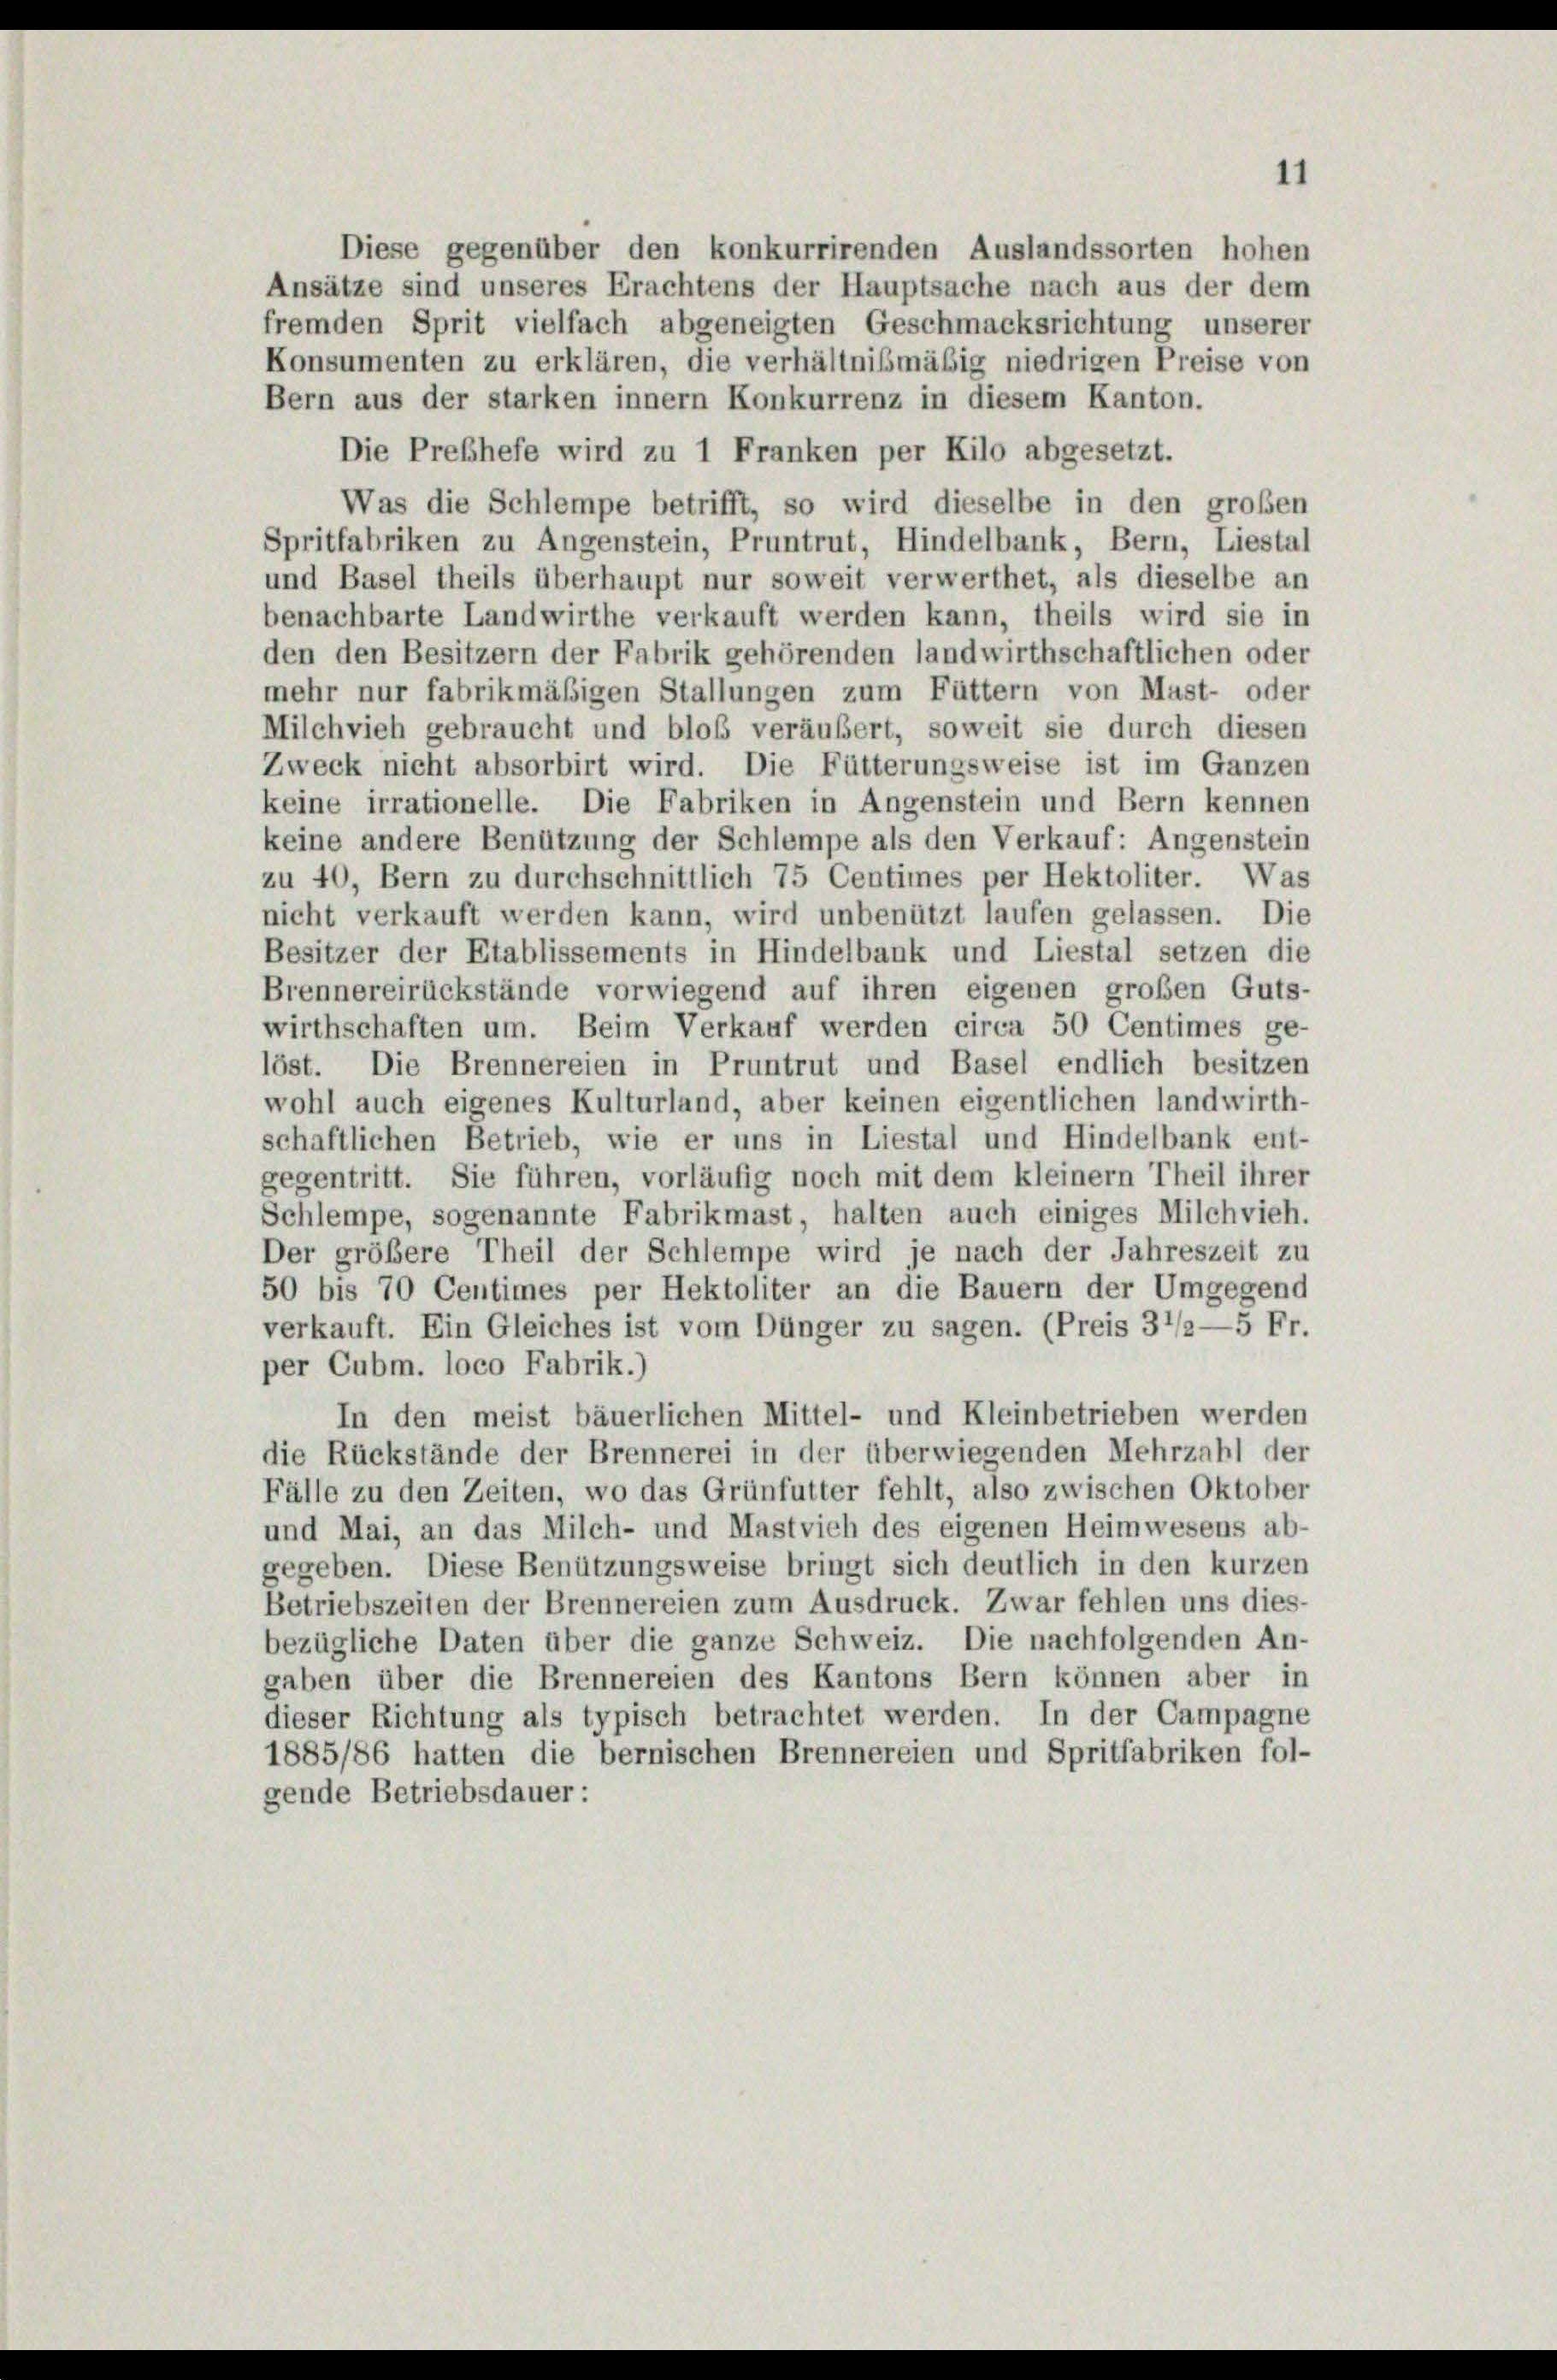
Diese gegenüber den konkurrirenden Auslandssorten hohen
Ansätze sind unseres Erachtens der Hauptsache nach aus der dem
fremden Sprit vielfach abgeneigten Geschmacksrichtung unserer
Konsumenten zu erklären, die verhältnißmäßig niedrigen Preise von
Bern aus der starken innern Konkurrenz in diesem Kanton.
Die Preßhefe wird zu 1 Franken per Kilo abgesetzt.
Was die Schlempe betrifft, so wird dieselbe in den großen
Spritfabriken zu Angenstein, Pruntrut, Hindelbank, Bern, Liestal
und Basel theils überhaupt nur soweit verwerthet, als dieselbe an
benachbarte Landwirthe verkauft werden kann, theils wird sie in
den den Besitzern der Fabrik gehörenden landwirthschaftlichen oder
mehr nur fabrikmäßigen Stallungen zum Füttern von Mast- oder
Milchvieh gebraucht und bloß veräußert, soweit sie durch diesen
Zweck nicht absorbirt wird. Die Fütterungsweise ist im Ganzen
keine irrationelle. Die Fabriken in Angenstein und Bern kennen
keine andere Benützung der Schlempe als den Verkauf: Angenstein
zu 40, Bern zu durchschnittlich 75 Centimes per Hektoliter. Was
nicht verkauft werden kann, wird unbenützt laufen gelassen. Die
Besitzer der Etablissements in Hindelbank und Liestal setzen die
Brennereirückstände vorwiegend auf ihren eigenen großen Guts-
wirthschaften um. Beim Verkauf werden circa 50 Centimes ge-
löst. Die Brennereien in Pruntrut und Basel endlich besitzen
wohl auch eigenes Kulturland, aber keinen eigentlichen landwirth-
schaftlichen Betrieb, wie er uns in Liestal und Hindelbank ent-
gegentritt. Sie führen, vorläufig noch mit dem kleinem Theil ihrer
Schlempe, sogenannte Fabrikmast, halten auch einiges Milchvieh.
Der größere Theil der Schlempe wird je nach der Jahreszeit zu
50 bis 70 Centimes per Hektoliter an die Bauern der Umgegend
verkauft. Ein Gleiches ist vom Dünger zu sagen. (Preis 37/2—5 Fr.
per Cubm. loco Fabrik.)
In den meist bäuerlichen Mittel- und Kleinbetrieben werden
die Rückstände der Brennerei in der überwiegenden Mehrzahl der
Fälle zu den Zeiten, wo das Grünfutter fehlt, also zwischen Oktober
und Mai, an das Milch- und Mastvieh des eigenen Heimwesens ab-
gegeben. Diese Benützungsweise bringt sich deutlich in den kurzen
Betriebszeiten der Brennereien zum Ausdruck. Zwar fehlen uns dies-
bezügliche Daten über die ganze Schweiz. Die nachfolgenden An-
gaben über die Brennereien des Kantons Bern können aber in
dieser Richtung als typisch betrachtet werden. In der Campagne
1885/86 hatten die bernischen Brennereien und Spritfabriken fol-
gende Betriebsdauer :

11